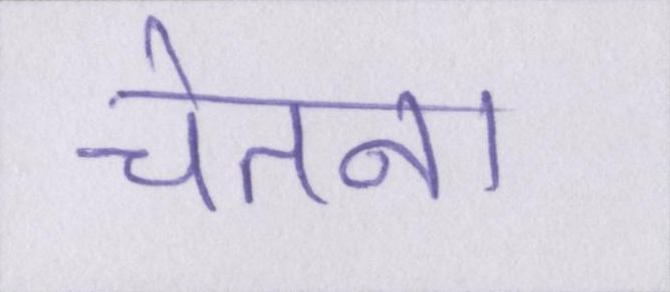
चेतना